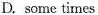
D. some times